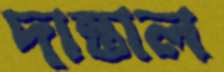
দান্তাল